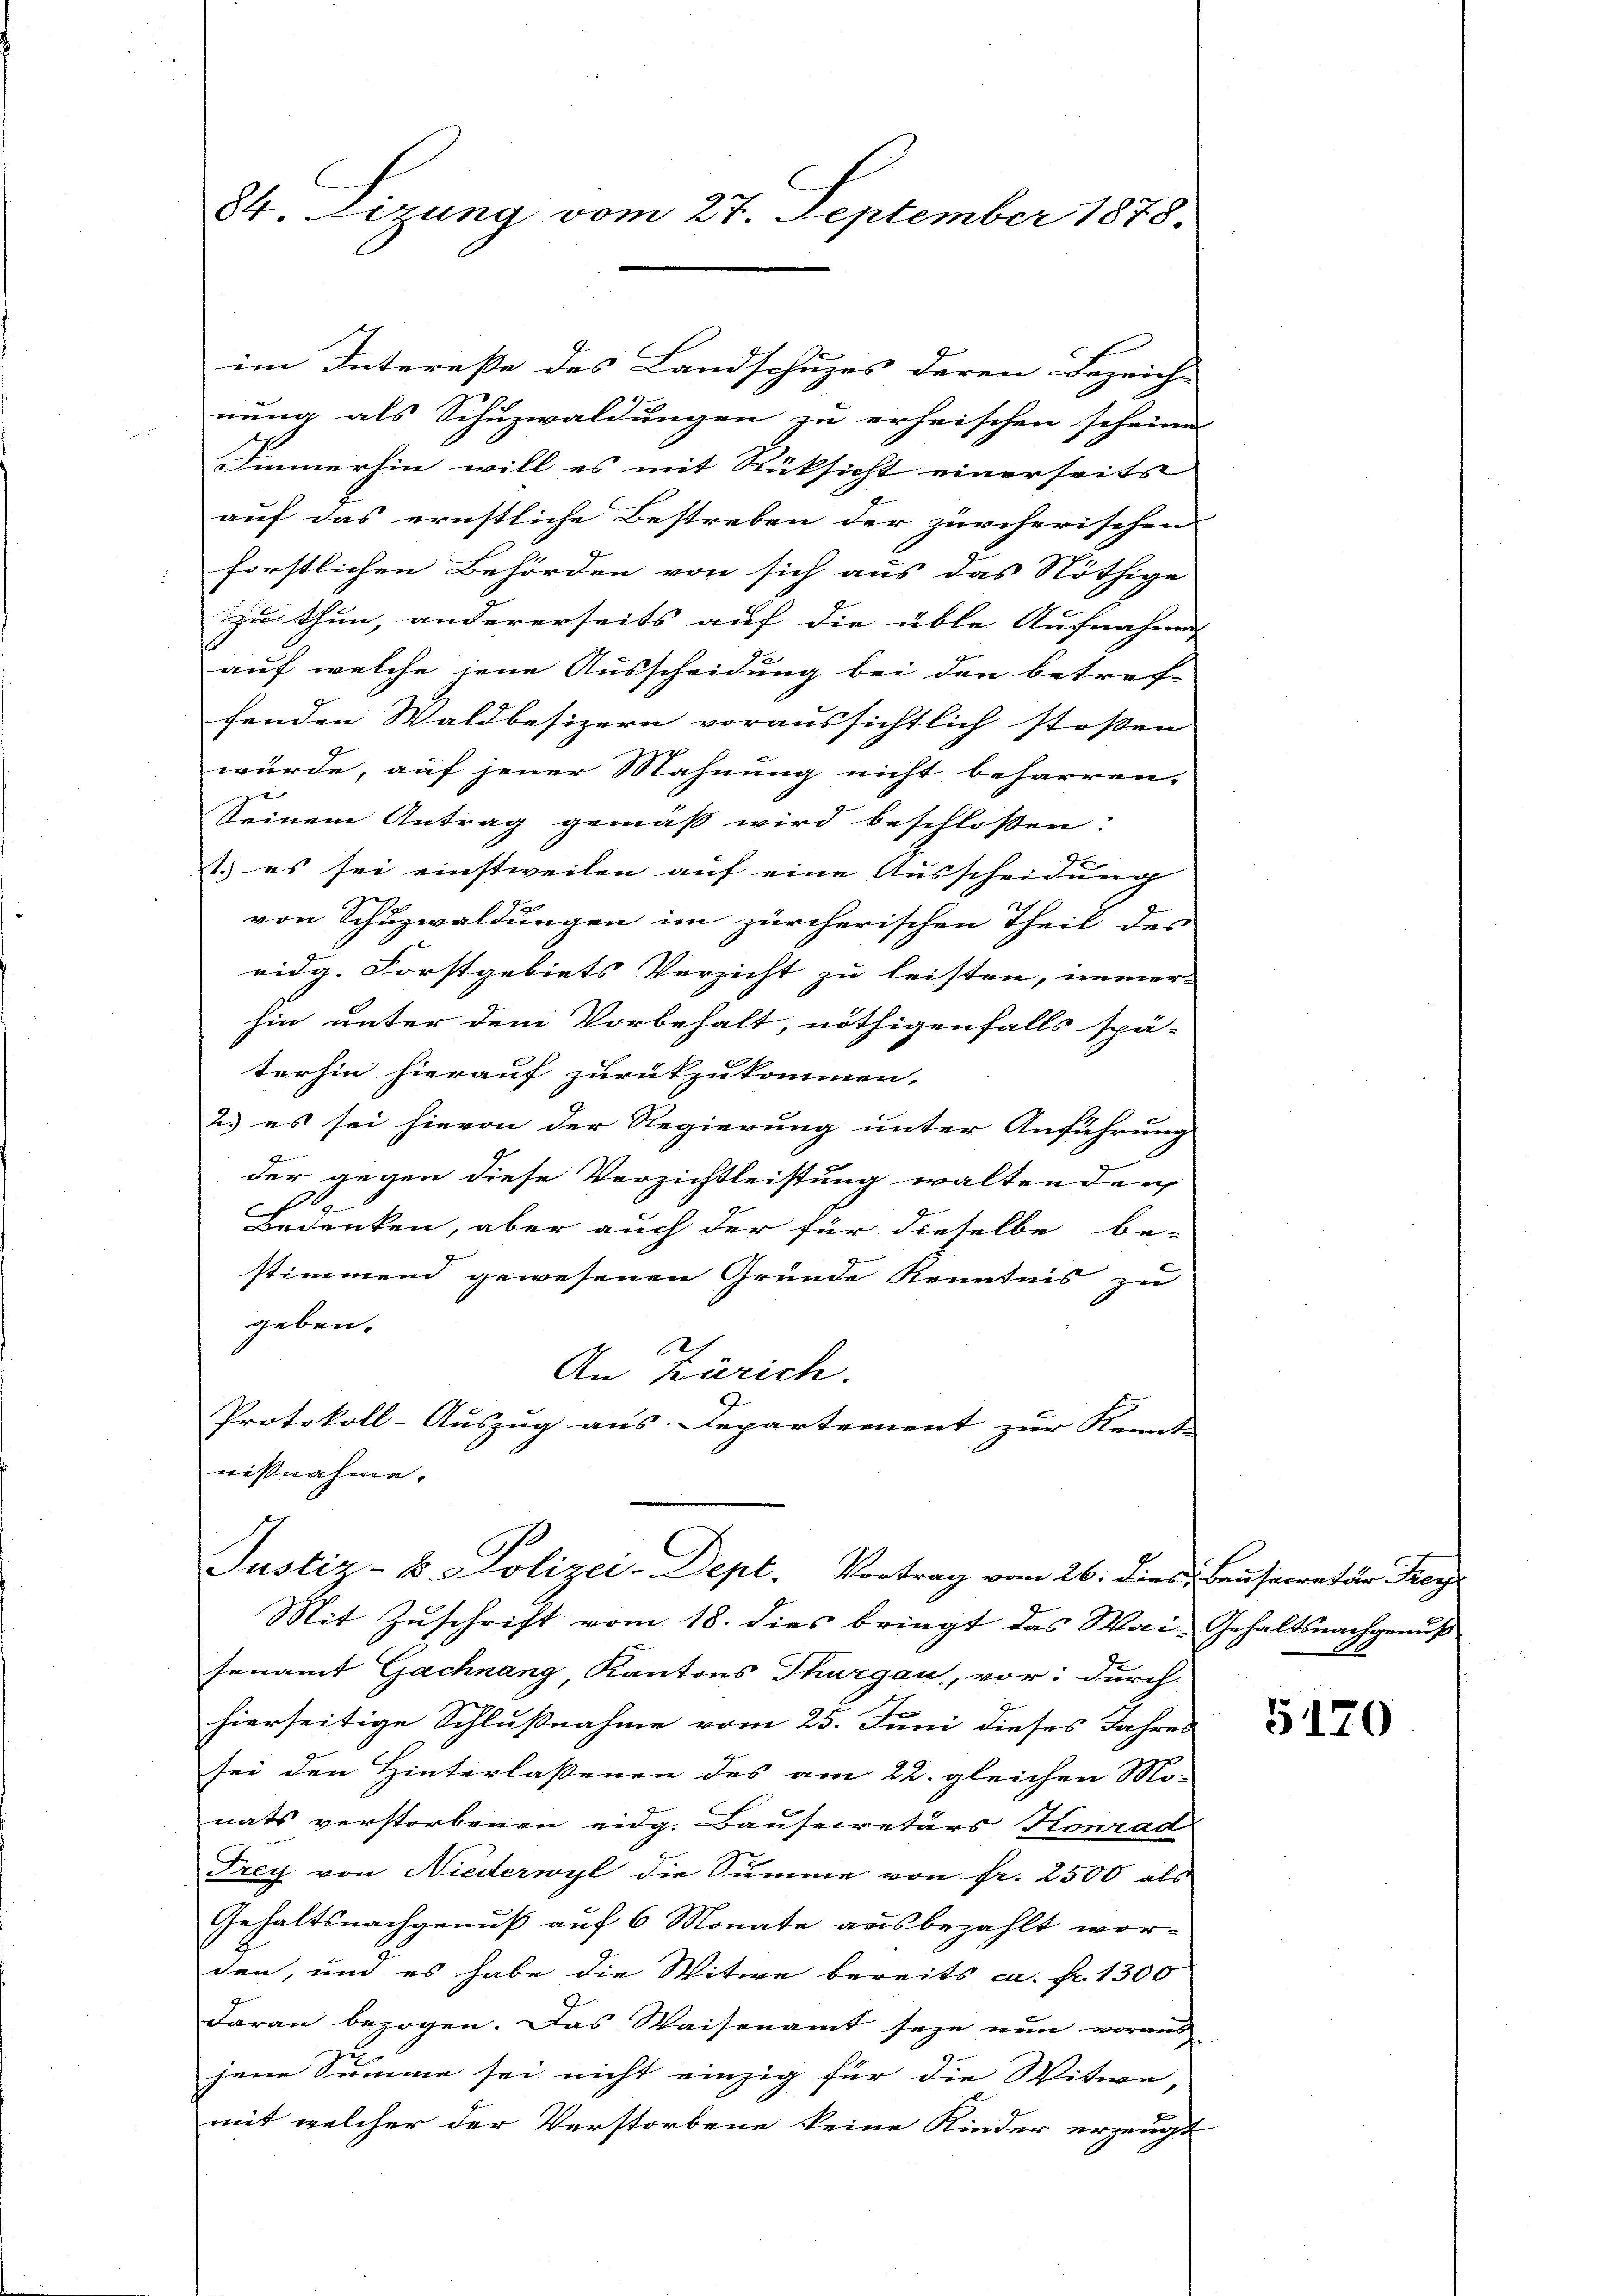
84. Lizung vom 27. September 1878.

im Interesse des Landschuzes deren Bezeich- |
nung als Schuzwaldungen zu erheischen scheine
Immerhin will es mit Rücksicht einerseits |
auf das ernstliche Bestreben der zürcherischen
förstlichen Behörden von sich aus das Nöthige
zu thun, andererseits auf die üble Aufnahme |
auf welche jene Ausscheidung bei den betref-
fenden Waldbesizern voraussichtlich stoßen
würde, auf jener Mahnung nicht beharren.
1
Seinem Antrag gemäß wird beschloßen:
1. es sei einstweilen auf eine Ausscheidung
von Schuzwaldungen im zürcherischen Theil des
eidg. Forstgebiets Verzicht zu leisten, immer
hin unter dem Vorbehalt, nöthigenfalls spä-
terhin hierauf zurückzukommen.
2) es sei hievon der Regierung unter Anführung
9
der gegen diese Verzichtleistung waltenden
¬
Bedenken, aber auch der für dieselbe be-
stimmend gewesenen Gründe Kenntnis zu
geben.
2
An Zürich.
Protokoll-Auszug aus Departement zur Kennte
nißnahme.
Justiz- B. Polizei-Dept. Vortrag vom 26. dies Bausecretär Frey
Mit Zuschrift vom 18. dies bringt das Wai-Gehaltsnachgenuß
senamt Gachnang Kantons Thurgau, vor: durch
hierseitige Schlußnahme vom 25. Juni dieses Jahres
sei den Hinterlassenen des am 22. gleichen Mo-
nats verstorbenen eidg. Bausecretärs Konrad
Frey von Niederwyl die Summe von fr. 2500 als
Gehaltsnachgenuß auf 6 Monate ausbezahlt wor-
den, und es habe die Witwe bereits ca. fr. 1300
Aarau bezogen. Das Waisenamt seye nun voraus
jene Summe sei nicht einzig für die Witwe,
c
mit welcher der Verstorbene keine Kinder erzeugt

5120